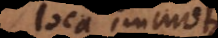
loca immota